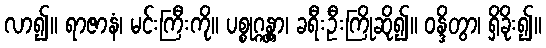
လာ၍။ ရာဇာနံ၊ မင်းကြီးကို။ ပစ္စုဂ္ဂန္တွာ၊ ခရီးဦးကြိုဆို၍။ ဝန္ဒိတွာ၊ ရှိခိုး၍။